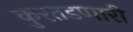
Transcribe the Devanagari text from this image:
कुरतडणारी